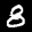
Label: 8